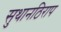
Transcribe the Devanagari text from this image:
सुथानठिराप